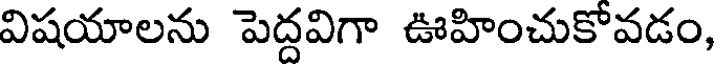
విషయాలను పెద్దవిగా ఊహించుకోవడం,